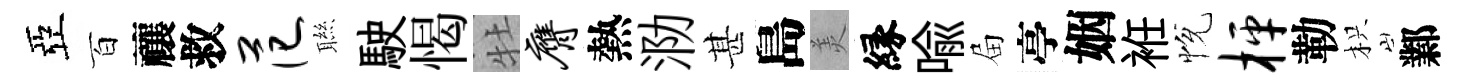
亞百禳救范聮駛愒牡膺熱泐甚島羙縁喩屇亭姻袵恱枰勒枳鄴